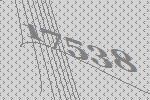
17538